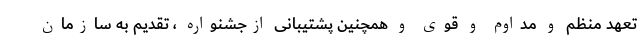
تعهد منظم و مداوم و قوی و همچنین پشتیبانی ازجشنواره ، تقدیم به سازمان